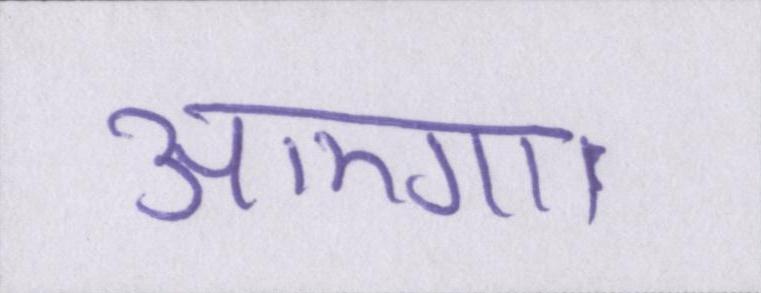
आएगा